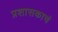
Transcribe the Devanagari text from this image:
प्रशासकाचं